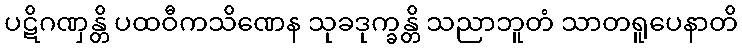
ပဋိဂဏှန္တိ ပထဝီကသိဏေန သုခဒုက္ခန္တိ သညာဘူတံ သာတရူပေနာတိ